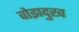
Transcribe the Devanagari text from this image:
वोझदुख